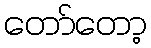
တော်တော့